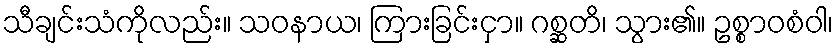
သီချင်းသံကိုလည်း။ သဝနာယ၊ ကြားခြင်းငှာ။ ဂစ္ဆတိ၊ သွား၏။ ဥစ္စာဝစံဝါ၊